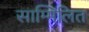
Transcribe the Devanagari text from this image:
साम्मिलित